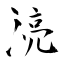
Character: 湸